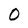
Character: 0